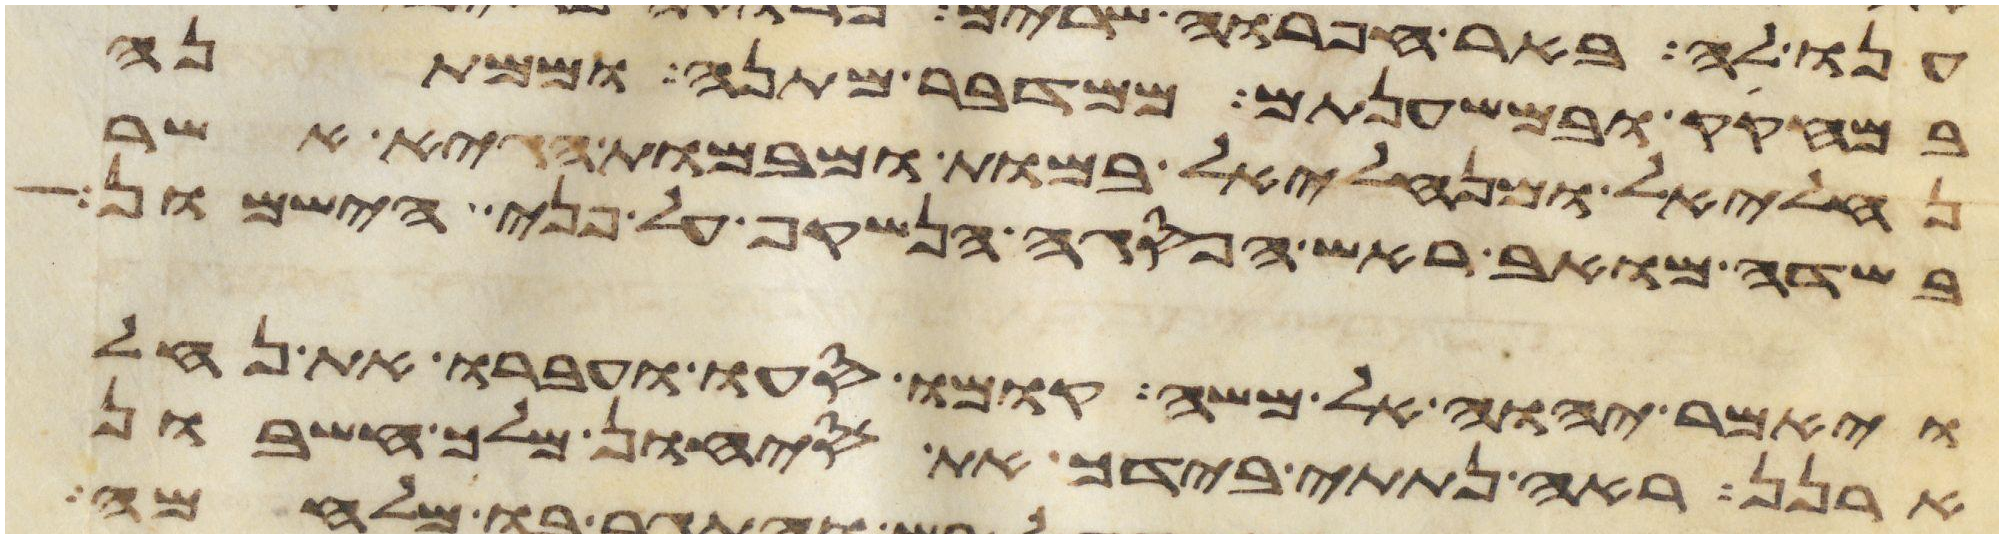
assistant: במחקק ובמשענתם ממדבר מתנה וממתנה
נחליאל ומנחליאל במות ומבמות הגיא אשר
בשדה מואב ראש הפסגה הנשקף על פני הישמון
ויאמר יהוה אל משה קומו סעו ועברו את נחל
ארנן ראה נתתי בידך את סיחון מלך חשבון